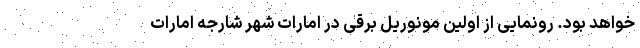
خواهد بود. رونمایی از اولین مونوریل برقی در امارات شهر شارجه امارات